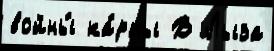
войны́ ка́рты В Лыза